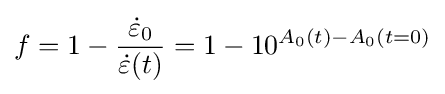
f=1-{\frac {{\dot {\varepsilon }}_{0}}{{\dot {\varepsilon }}(t)}}=1-10^{A_{0}(t)-A_{0}(t=0)}